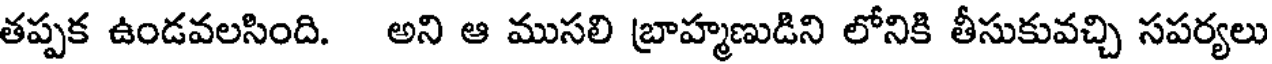
తప్పక ఉండవలసింది. అని ఆ ముసలి బ్రాహ్మణుడిని లోనికి తీసుకువచ్చి సపర్యలు